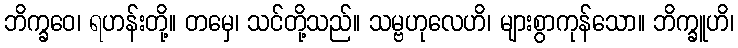
ဘိက္ခဝေ၊ ရဟန်းတို့။ တမှေ၊ သင်တို့သည်။ သမ္ဗဟုလေဟိ၊ များစွာကုန်သော။ ဘိက္ခူဟိ၊